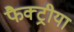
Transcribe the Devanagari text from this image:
फैक्ट्रीया